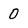
Character: 0